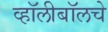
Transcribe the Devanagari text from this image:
व्हॉलीबॉलचे